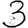
Digit: 3